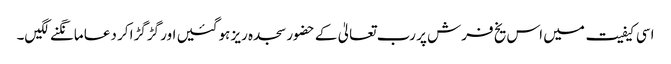
اسی کیفیت میں اس یخ فرش پر رب تعالیٰ کے حضور سجدہ ریز ہوگئیں اور گڑگڑا کر دعا مانگنے لگیں۔